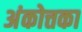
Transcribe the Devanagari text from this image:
अंकोत्तका